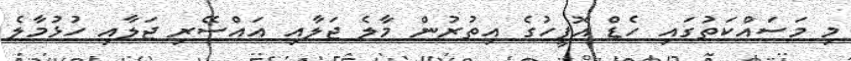
މި މަސައްކަތުގައި ހެޑް އޮފީހުގެ އިތުރުން މާލެ ޖަލާއި އައްސޭރި ޖަލާއި ހުޅުމާލެ